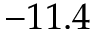
- 1 1 . 4